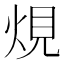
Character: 䙺